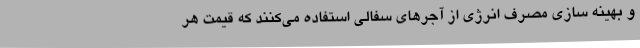
و بهینه سازی مصرف انرژی از آجرهای سفالی استفاده می‌کنند که قیمت هر